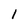
Character: 1